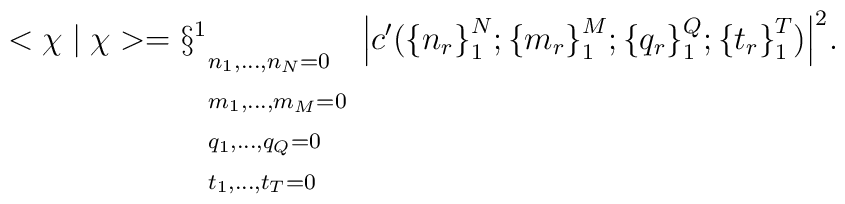
<\chi\mid\chi>=\S_{\begin{array}{l}{\scriptstyle n_{1},...,n_{N}=0} \\{\scriptstyle m_{1},...,m_{M}=0} \\{\scriptstyle q_{1},...,q_{Q}=0}  \\{\scriptstyle t_{1},...,t_{T}=0}\end{array}}^{1}{\left| c'({\{n_{r}\}}^{N}_{1};{\{m_{r}\}}^{M}_{1};{\{q_{r}\}}^{Q}_{1};{\{t_{r}\}}^{T}_{1}) \right|}^{2}.